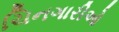
ચિનગારીઓ